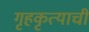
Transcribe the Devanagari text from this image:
गृहकृत्याची